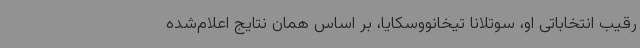
رقیب انتخاباتی او، سوتلانا تیخانووسکایا، بر اساس همان نتایج اعلام‌شده